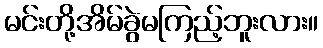
မင်းတို့အိမ်ခွဲမကြည့်ဘူးလား။